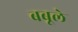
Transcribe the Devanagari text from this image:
बबूले